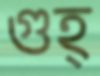
গুহ্